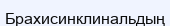
Брахисинклинальдың